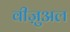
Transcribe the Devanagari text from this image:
वीज़ुअल